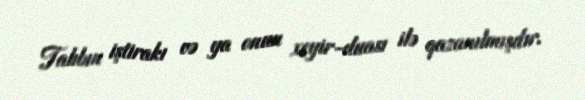
Talıbın iştirakı və ya onun xeyir-duası ilə qazanılmışdır.